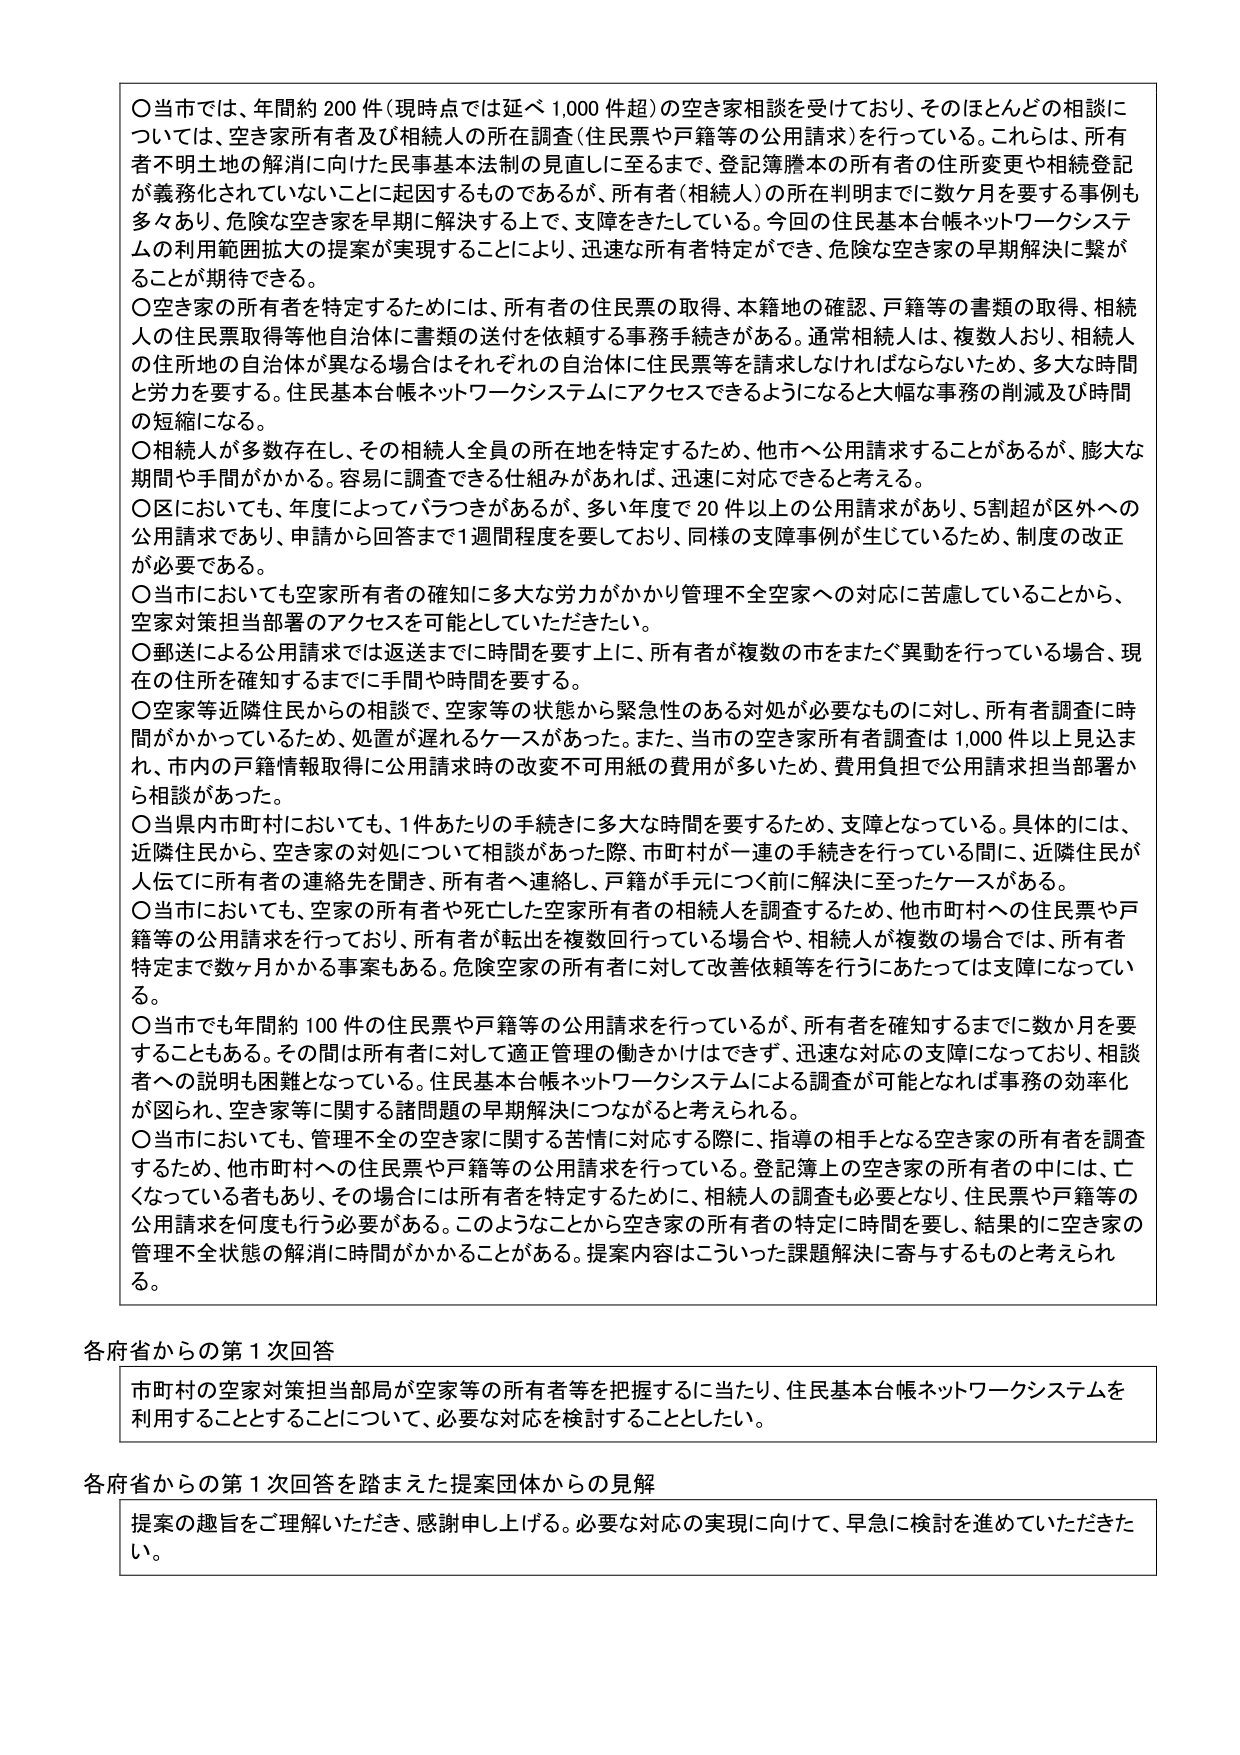
〇当市では、年間約200件（現時点では延べ1,000件超）の空き家相談を受けており、そのほとんどの相談については、空き家所有者及び相続人の所在調査（住民票や戸籍等の公用請求）を行っている。これらは、所有者不明土地の解消に向けた民基基本法制の見直しに至るまで、登記簿謄本の所有者の住所変更や相続登記が義務化されていないことに起因するものであるが、所有者（相続人）の所在判明までに数ヶ月を要する事例も多々あり、危険な空き家を早期に解決する上にて、支障をきたしている。今回の住民基本台帳ネットワークシステムの利用範囲拡大の提案が実現することにより、迅速な所有者特定ができ、危険な空き家の早期解決に繋がることが期待できる。

〇空き家の所有者を特定するためには、所有者の住民票の取得、本籍地の確認、戸籍等の書類の取得、相続人の住民票取得等他自治体に書類の送付を依頼する事務手続きがある。通常相続人は、複数人おり、相続人の住所地の自治体が異なる場合はそれぞれの自治体に住民票等を請求しなければならないため、多大な時間と労力を要する。住民基本台帳ネットワークシステムにアクセスできるようになると大幅な事務の削減及び時間の短縮になる。

〇相続人が多数存在し、その相続人全員の所在地を特定するため、他市へ公用請求することがあるが、膨大な期間や手間がかかる。容易に調査できる仕組みがあれば、迅速に対応できると考える。

〇区においても、年度によってバラつきがあるが、多い年度で20件以上の公用請求があり、5割超が区外への公用請求であり、申請から回答までに1週間程度を要しており、同様の支障事例が生じているため、制度の改正が必要である。

〇当市においても空家所有者の確知に多大な労力がかかり管理不全空家への対応に苦慮していることから、空家対策担当部署のアクセスを可能としていただきたい。

〇郵送による公用請求では返送までに時間を要す上に、所有者が複数の市をまたぐ異動を行っている場合、現在の住所を確知するまでに手間や時間を要する。

〇空家等近隣住民からの相談で、空家等の状態から緊急性のある対処が必要なものに対し、所有者調査に時間がかかっているため、処置が遅れるケースがあった。また、当市の空き家所有者調査は1,000件以上見込まれ、市内の戸籍情報取得に公用請求時の改変不可用紙の費用が多いため、費用負担で公用請求担当部署から相談があった。

〇当県内市町村においても、1件あたりの手続きに多大な時間を要するため、支障となっている。具体的には、近隣住民から、空き家の対処について相談があった際、市町村が一連の手続きを行っている間に、近隣住民が人伝てに所有者の連絡先を聞き、所有者へ連絡し、戸籍が手元につく前に解決に至ったケースがある。

〇当市においても、空家の所有者や死亡した空家所有者の相続人を調査するため、他市町村への住民票や戸籍等の公用請求を行っており、所有者が転出を複数回行っている場合や、相続人が複数の場合では、所有者特定までに数ヶ月かかる事案もある。危険空家の所有者に対して改善依頼等を行うにあたっては支障になっている。

〇当市でも年間約100件の住民票や戸籍等の公用請求を行っているが、所有者を確知するまでに数か月を要することもある。その間は所有者に対して適正管理の働きかけはできず、迅速な対応の支障になっており、相談者への説明も困難となっている。住民基本台帳ネットワークシステムによる調査が可能となれば事務の効率化が図られ、空き家等に関する諸問題の早期解決につながると考えられる。

〇当市においても、管理不全の空き家に関する苦情に対応する際に、指導の相手となる空き家の所有者を調査するため、他市町村への住民票や戸籍等の公用請求を行っている。登記簿上の空き家の所有者の中には、亡くなっている者もあり、その場合には所有者を特定するために、相続人の調査も必要となり、住民票や戸籍等の公用請求を何度も行う必要がある。このようなことから空き家の所有者の特定に時間を要し、結果的に空き家の管理不全状態の解消に時間がかかることがある。提案内容はこういった課題解決に寄与するものと考えられる。

各府省からの第1次回答

市町村の空家対策担当部署が空家等の所有者等を把握するに当たり、住民基本台帳ネットワークシステムを利用することとすることについて、必要な対応を検討することとした。

各府省からの第1次回答を踏まえた提案団体からの見解

提案の趣旨をご理解いただき、感謝申し上げる。必要な対応の実現に向けて、早急に検討を進めていただきたい。